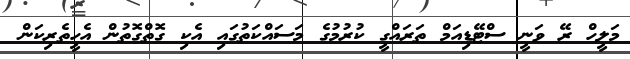
މަލީހް ރޭ ވަނީ ސްޓޭޑިއަމް ތަރައްގީ ކުރުމުގެ މަސައްކަތުގައި އެކި ގޮތްގޮތުން އެހީތެރިކަން